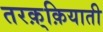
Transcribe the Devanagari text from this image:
तरक़्क़ियाती